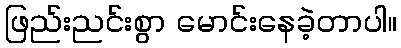
ဖြည်းညင်းစွာ မောင်းနေခဲ့တာပါ။